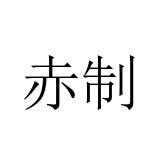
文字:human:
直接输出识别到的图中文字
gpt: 赤制